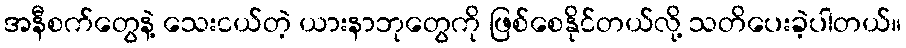
အနီစက်တွေနဲ့ သေးငယ်တဲ့ ယားနာဘုတွေကို ဖြစ်စေနိုင်တယ်လို့ သတိပေးခဲ့ပါတယ်။